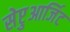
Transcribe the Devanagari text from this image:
सेप्टुआर्जिट